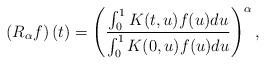
LaTeX: \begin{align*}\left(R_{\alpha}f\right)(t)=\left({\int_0^1K(t,u)f(u)du\over\int_0^1 K(0,u)f(u)du}\right)^{\alpha},\end{align*}